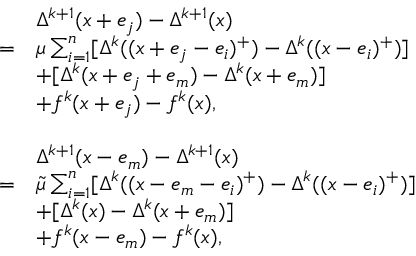
\begin{array} { r l } & { \Delta ^ { k + 1 } ( x + e _ { j } ) - \Delta ^ { k + 1 } ( x ) } \\ { = } & { \mu \sum _ { i = 1 } ^ { n } [ \Delta ^ { k } ( ( x + e _ { j } - e _ { i } ) ^ { + } ) - \Delta ^ { k } ( ( x - e _ { i } ) ^ { + } ) ] } \\ & { + [ \Delta ^ { k } ( x + e _ { j } + e _ { m } ) - \Delta ^ { k } ( x + e _ { m } ) ] } \\ & { + f ^ { k } ( x + e _ { j } ) - f ^ { k } ( x ) , } \\ & { } \\ & { \Delta ^ { k + 1 } ( x - e _ { m } ) - \Delta ^ { k + 1 } ( x ) } \\ { = } & { \tilde { \mu } \sum _ { i = 1 } ^ { n } [ \Delta ^ { k } ( ( x - e _ { m } - e _ { i } ) ^ { + } ) - \Delta ^ { k } ( ( x - e _ { i } ) ^ { + } ) ] } \\ & { + [ \Delta ^ { k } ( x ) - \Delta ^ { k } ( x + e _ { m } ) ] } \\ & { + f ^ { k } ( x - e _ { m } ) - f ^ { k } ( x ) , } \end{array}